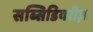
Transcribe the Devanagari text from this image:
सब्सिडियरीज़